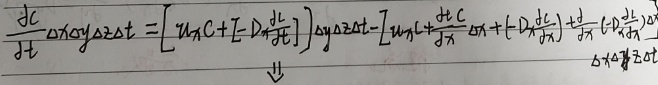
\(\frac{\partial c}{\partial t}\Delta x\Delta y\Delta z\Delta t=\left[u_x c+\left(-D\frac{\partial c}{\partial x}\right)\right]\Delta y\Delta z\Delta t-\left[u_x c+\frac{\partial}{\partial x}(u_x c)\Delta x+\left(-D\frac{\partial c}{\partial x}\right)+\frac{\partial}{\partial x}\left(-D\frac{\partial c}{\partial x}\right)\Delta x\right]\Delta y\Delta z\Delta t\)
\(\Downarrow\)